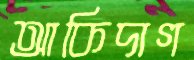
আকিদাগ